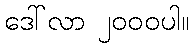
ဒေါ်လာ ၂၀၀၀ပါ။